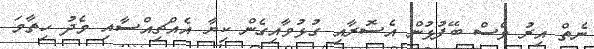
ނެތް އިރު ވެސް ބޭފުޅުން އެސޮރާއި ގުޅުވާއިގެން ކިޔާ އެއްޗިއްސާއި މެދު ހިތާމަ